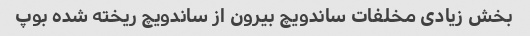
بخش زیادی مخلفات ساندویچ بیرون از ساندویچ ریخته شده بوپ